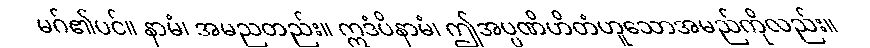
မဂ်၏ပင်။ နာမံ၊ အမညတည်း။ ဣဒံပိနာမံ၊ ဤအပ္ပဏိဟိတံဟူသောအမည်ကိုလည်း။